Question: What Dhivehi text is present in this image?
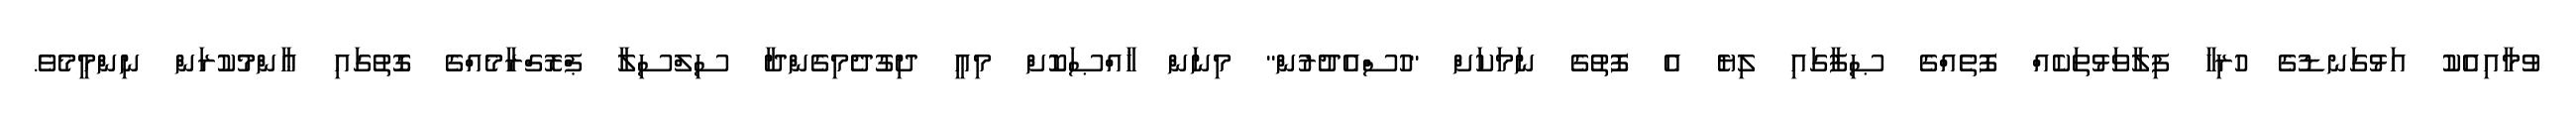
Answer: ވުމާއިއެކު އަޅުގަނޑުގެ ހުރިހާ ފިލާވަޅުތަކެއް ފޮތެއްގެ ޞިފާގައި ލިޔެ އެ ފޮތުގެ ނަމަކަށް "ހުސްއެދުރުން" މިނަން ޚާއްޞަކޮށް މިއީ ދިގުދެމިގެންދާ ސިލްސިލާ ޕްރޮގްރާމެއްގެ ގޮތުގައި ޢާންމުކުރަން ނިންމީމެވެ.